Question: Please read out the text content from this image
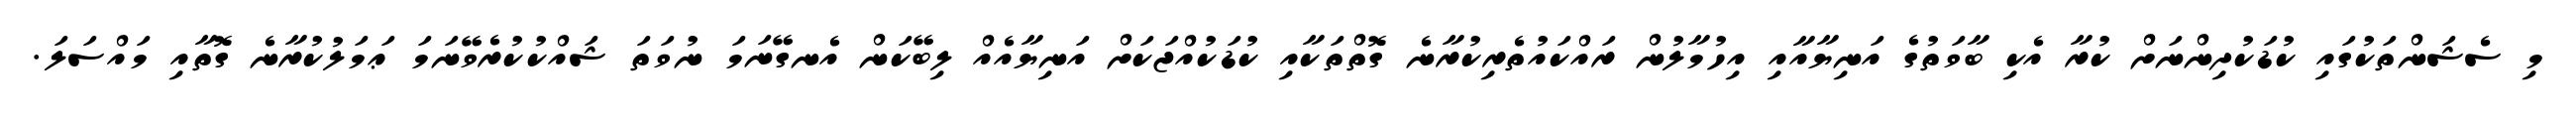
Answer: މި ސެޝަންތަކުގައި ކުޑަކުދިންނަށް ކުރާ އެކި ބާވަތުގެ އަނިޔާއާއި އިހުމާލުން ރައްކައުތެރިކުރާނެ ގޮތްތަކާއި ކުޑަކުއްޖަކަށް އަނިޔާއެއް ލިބޭކަން އެނގޭނަމަ ނުވަތަ ޝައްކުކުރެވޭނަމަ ޢަމަލުކުރާނެ ގޮތާއި މައްސަލަ.